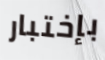
بإختبار